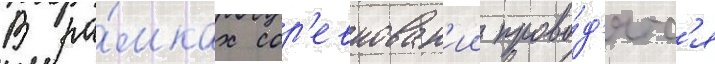
В ра́мках сор'евнован'ии прово́д'ятс'я